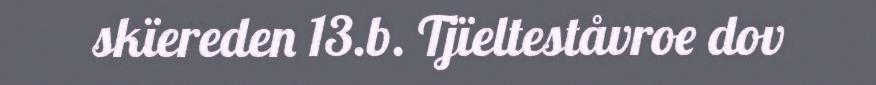
skïereden 13.b. Tjïelteståvroe dov